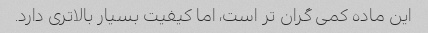
این ماده کمی گران تر است، اما کیفیت بسیار بالاتری دارد.